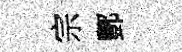
宗酆